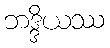
ဘဒ္ဒိယဿ